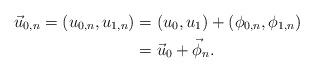
LaTeX: \begin{align*}\vec{u}_{0, n} = (u_{0, n}, u_{1, n}) & = (u_0, u_1) + (\phi_{0, n}, \phi_{1, n}) \\& = \vec u_0 + \vec \phi_{n}.\end{align*}